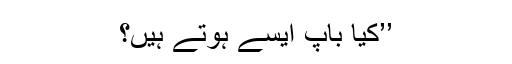
’’کیا باپ ایسے ہوتے ہیں؟